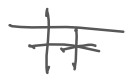
Text: It
Cross-out: double-line
Writing tool: digital_gray